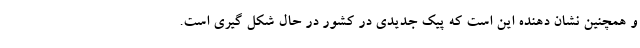
و همچنین نشان دهنده این است که پیک جدیدی در کشور در حال شکل گیری است.